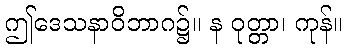
ဤဒေသနာဝိဘာဂ၌။ န ဝုတ္တာ၊ ကုန်။